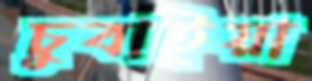
চুবাইয়া